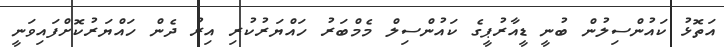
އަތޮޅު ކައުންސިލުން ބުނީ ޑީއާރުޕީގެ ކައުންސިލް މެމްބަރު ހައްޔަރުކުރި އިރު ދެން ހައްޔަރުކޮށްފައިވަނީ